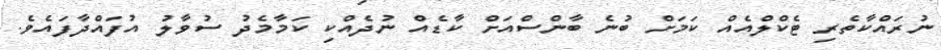
ނުރައްކާތެރި ޓެކްލްއެއް ކަމަށް ބުނެ ބާންސްއަށް ކާޑެއް ނުދެއްކި ކަމާމެދު ސުވާލު އުފައްދާފައެވެ.